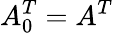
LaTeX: A_{0}^{T}=A^{T}